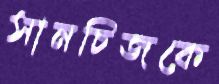
সানচিজকে